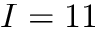
I = 1 1